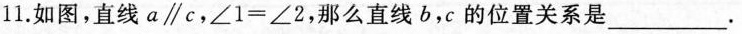
如图，直线$$a \parallel c$$，$$∠ 1 = ∠ 2$$，那么直线b，c的位置关系是___.